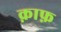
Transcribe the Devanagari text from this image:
क़ाफ़